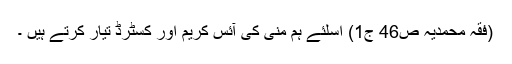
(فقہ محمديہ ص46 ج1) اسلئے ہم منی کی آئس کريم اور کسٹرڈ تیار کرتے ہيں ۔